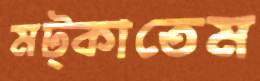
মট্‌কাতেম